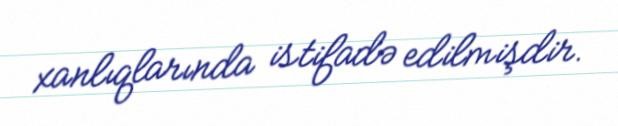
xanlıqlarında istifadə edilmişdir.